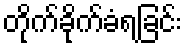
တိုက်ခိုက်ခံရခြင်း